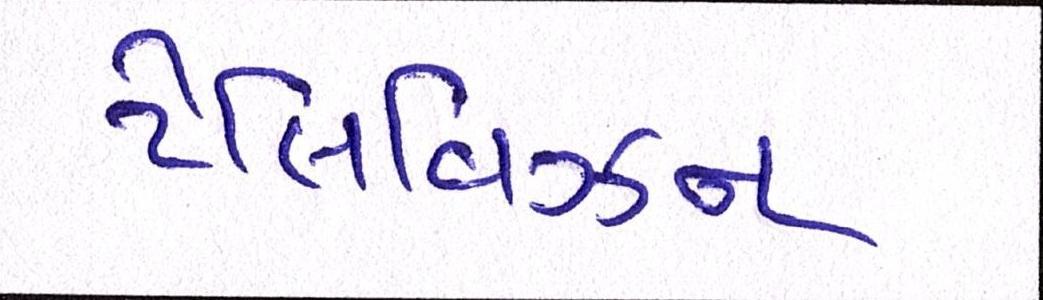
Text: ટેલિવિઝન